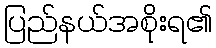
ပြည်နယ်အစိုးရ၏